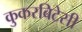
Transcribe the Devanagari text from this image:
कुकरबिटेसी